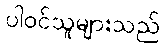
ပါဝင်သူများသည်